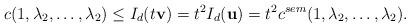
LaTeX: \begin{align*}c(1,\lambda_2,\dots,\lambda_2)\le I_d(t\mathbf{v})=t^2I_d(\mathbf{u})=t^2c^{sem}(1,\lambda_2,\dots,\lambda_2).\end{align*}